Insane asylums in Bengal annual reports 1867-1875 - 1867-1875
Year: 1867
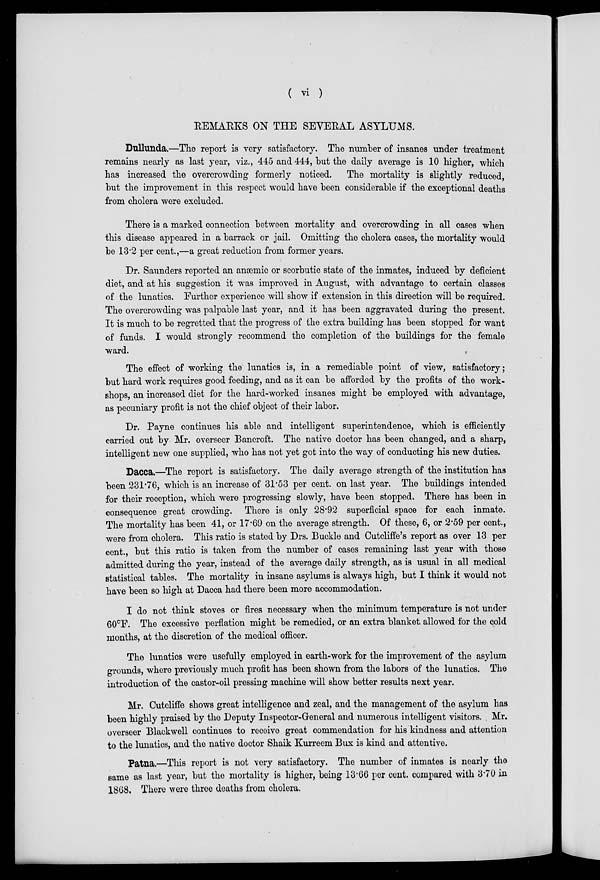
( vi )
REMARKS ON THE SEVERAL
ASYLUMS.
Dullunda.—The report is very satisfactory. The number of insanes under treatment
remains nearly as last year, viz., 445 and 444, but the daily average is 10 higher, which
has increased the overcrowding formerly noticed. The mortality is slightly reduced,
but the improvement in this respect would have been considerable if the exceptional deaths
from cholera were excluded.
There is a marked connection between mortality and overcrowding in all cases when
this disease appeared in a barrack or jail. Omitting the cholera cases, the mortality would
be 13.2 per cent.,—a great reduction from former years.
Dr. Saunders reported an anæmic or scorbutic state of the inmates, induced by deficient
diet, and at his suggestion it was improved in August, with advantage to certain classes
of the lunatics. Further experience will show if extension in this direction will be required.
The overcrowding was palpable last year, and it has been aggravated during the present.
It is much to be regretted that the progress of the extra building has been stopped for want
of funds. I would strongly recommend the completion of the buildings for the female
ward.
The effect of working the lunatics is, in a remediable point of view, satisfactory;
but hard work requires good feeding, and as it can be afforded by the profits of the work-
shops, an increased diet for the hard-worked insanes might be employed with advantage,
as pecuniary profit is not the chief object of their labor.
Dr. Payne continues his able and intelligent superintendence, which is efficiently
carried out by Mr. overseer Bancroft. The native doctor has been changed, and a sharp,
intelligent new one supplied, who has not yet got into the way of conducting his new duties.
Dacca.—The report is satisfactory. The daily average strength of the institution has
been 231.76, which is an increase of 31.53 per cent. on last year. The buildings intended
for their reception, which were progressing slowly, have been stopped. There has been in
consequence great crowding. There is only 28.92 superficial space for each inmate.
The mortality has been 41, or 17.69 on the average strength. Of these, 6, or 2.59 per cent.,
were from cholera. This ratio is stated by Drs. Buckle and Cutcliffe's report as over 13 per
cent., but this ratio is taken from the number of cases remaining last year with those
admitted during the year, instead of the average daily strength, as is usual in all medical
statistical tables. The mortality in insane asylums is always high, but I think it would not
have been so high at Dacca had there been more accommodation.
I do not think stoves or fires necessary when the minimum temperature is not under
60°F. The excessive perflation might be remedied, or an extra blanket allowed for the cold
months, at the discretion of the medical officer.
The lunatics were usefully employed in earth-work for the improvement of the asylum
grounds, where previously much profit has been shown from the labors of the lunatics. The
introduction of the castor-oil pressing machine will show better results next year.
Mr. Cutcliffe shows great intelligence and zeal, and the management of the asylum has
been highly praised by the Deputy Inspector-General and numerous intelligent visitors. Mr.
overseer Blackwell continues to receive great commendation for his kindness and attention
to the lunatics, and the native doctor Shaik Kurreem Bux is kind and attentive.
Patna.—This report is not very satisfactory. The number of inmates is nearly the
same as last year, but the mortality is higher, being 13.66 per cent. compared with 3.70 in
1868. There were three deaths from cholera.